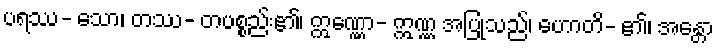
ပရဿ- သော၊ တဿ- တပစ္စည်း၏၊ ဣဏ္ဏော- ဣဏ္ဏ အပြုသည်၊ ဟောတိ- ၏၊ အန္တော